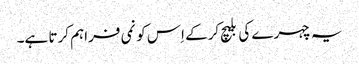
یہ چہرے کی بلیچ کرکے اِس کو نمی فراہم کرتا ہے۔